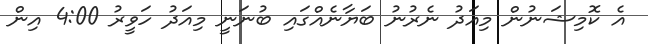
އެ ކޮމިޝަނުން މިއަދު ނެރުނު ބަޔާނެއްގައި ބުނަނީ މިއަދު ހަވީރު 4:00 އިން